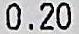
0.20